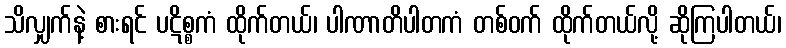
သိလျှက်နဲ့ စားရင် ပဋိစ္စကံ ထိုက်တယ်၊ ပါဏာတိပါတကံ တစ်ဝက် ထိုက်တယ်လို့ ဆိုကြပါတယ်၊